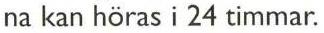
 na kan höras i 24 timmar.